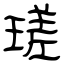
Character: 瑳